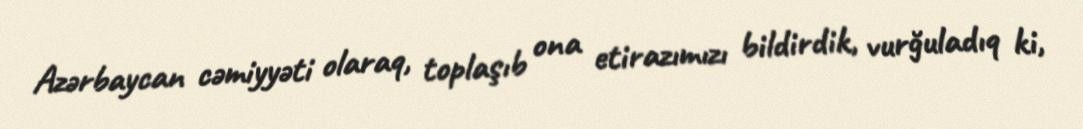
Azərbaycan cəmiyyəti olaraq, toplaşıb ona etirazımızı bildirdik, vurğuladıq ki,